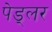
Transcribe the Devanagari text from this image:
पेड्लर